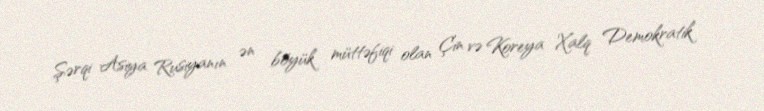
Şərqi Asiya Rusiyanın ən böyük müttəfiqi olan Çin və Koreya Xalq Demokratik